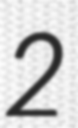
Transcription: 2